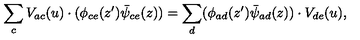
\sum _ { c } V _ { a c } ( u ) \cdot ( \phi _ { c e } ( z ^ { \prime } ) \bar { \psi } _ { c e } ( z ) ) = \sum _ { d } ( \phi _ { a d } ( z ^ { \prime } ) \bar { \psi } _ { a d } ( z ) ) \cdot V _ { d e } ( u ) ,